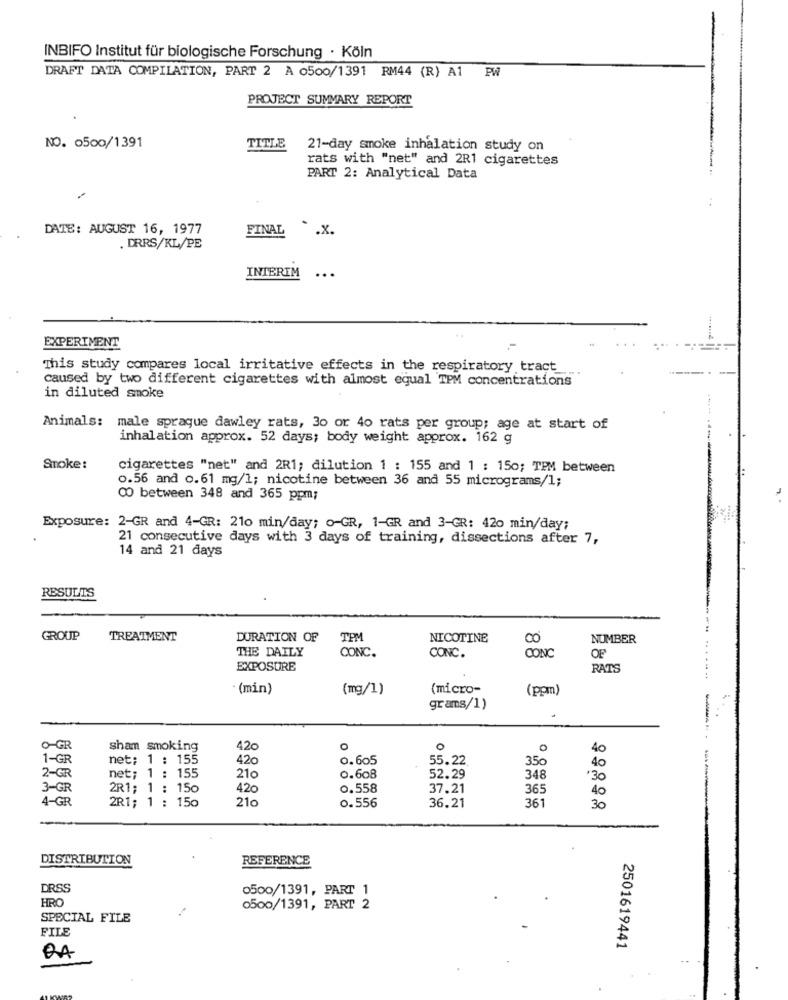
INBIFO Institut für biologische Forschung · Köln
DRAFT DATA COMPILATION, PART 2 A 0500/1391 RM44 (R) A1 PW
PROJECT SUMMARY REPORT
NO. 0500/1391
TITLE
21-day smoke inhalation study on
rats with "net" and 2R1 cigarettes
PART 2: Analytical Data
DATE: AUGUST 16, 1977
FINAL
. . x.
. DRRS/KL/PE
INTERIM
...
EXPERIMENT
This study compares local irritative effects in the respiratory tract_
caused by two different cigarettes with almost equal TPM concentrations
in diluted smoke
Animals: male spraque dawley rats, 30 or 40 rats per group; age at start of
inhalation approx. 52 days; body weight approx. 162 g
Smoke:
cigarettes "net" and 2R1; dilution 1 : 155 and 1 : 150; TPM between
o.56 and o.61 mg/l; nicotine between 36 and 55 micrograms/1;
00 between 348 and 365 ppm;
Exposure: 2-GR and 4-GR: 210 min/day; o-GR, 1-GR and 3-GR: 420 min/day;
21 consecutive days with 3 days of training, dissections after 7,
14 and 21 days
RESULTS
GROUP
TREATMENT
DURATION OF
TPM
NICOTINE
00
NUMBER
THE DAILY
CONC.
CONC.
CONC
OF
EXPOSURE
RATS
· (min)
(mg/1)
(micro-
(ppm)
grams/1)
O-GR
sham smoking
420
O
O
0
40
1-GR
net: 1 : 155
420
0.605
55.22
350
40
2-GR
net; 1 : 155
21c
0.608
52.29
348
30
3-GR
2R1; 1 : 150
420
0.558
37.21
365
40
4-GR
2R1; 1 : 150
210
36.21
0.556
361
30
DISTRIBUTION
REFERENCE
DRSS
0500/1391, PART 1
HRO
0500/1391, PART 2
SPECIAL FILE
FILE
2501619441
DA
..